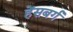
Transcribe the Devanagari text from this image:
हेंसबर्ग